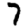
Digit: 7